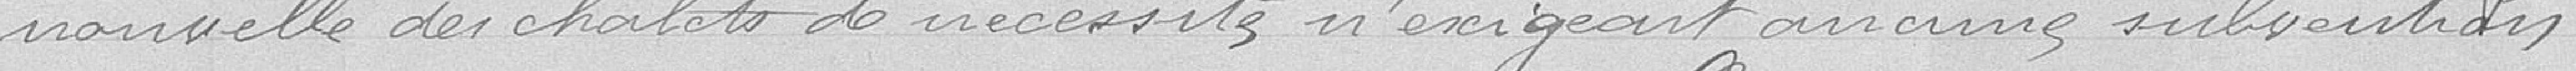
nouvelle des chalets de nécessité n'exigeait aucune subvention.